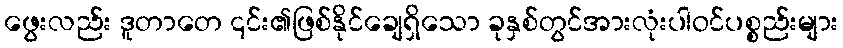
ဖွေးလည်း ဒူတာတေ ၎င်း၏ဖြစ်နိုင်ချေရှိသော ခုနှစ်တွင်အားလုံးပါဝင်ပစ္စည်းများ